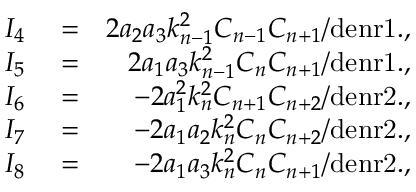
\begin{array} { r l r } { I _ { 4 } } & { { } = } & { 2 a _ { 2 } a _ { 3 } k _ { n - 1 } ^ { 2 } C _ { n - 1 } C _ { n + 1 } / \mathrm { d e n r 1 . } , } \\ { I _ { 5 } } & { { } = } & { 2 a _ { 1 } a _ { 3 } k _ { n - 1 } ^ { 2 } C _ { n } C _ { n + 1 } / \mathrm { d e n r 1 . } , } \\ { I _ { 6 } } & { { } = } & { - 2 a _ { 1 } ^ { 2 } k _ { n } ^ { 2 } C _ { n + 1 } C _ { n + 2 } / \mathrm { d e n r 2 . } , } \\ { I _ { 7 } } & { { } = } & { - 2 a _ { 1 } a _ { 2 } k _ { n } ^ { 2 } C _ { n } C _ { n + 2 } / \mathrm { d e n r 2 . } , } \\ { I _ { 8 } } & { { } = } & { - 2 a _ { 1 } a _ { 3 } k _ { n } ^ { 2 } C _ { n } C _ { n + 1 } / \mathrm { d e n r 2 . } , } \end{array}